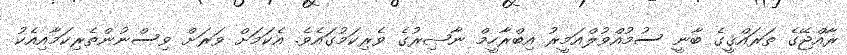
ރާއްޖޭގެ ތަރައްޤީގެ ބާނީ ސުމުއްވުލްއަމީރު އިބްރާހީމް ނާޞިރުގެ ވެރިކަމުގައެވެ. އެކަމަށް ވަރަށް ވިސްނުންތެރިކަމާއިއެކު